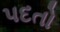
પદતો